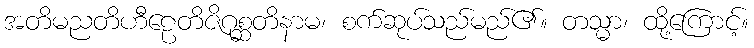
အတိမညတိဟီဠေတိဇိဂုစ္ဆတိနာမ၊ စက်ဆုပ်သည်မည်၏။ တသ္မာ၊ ထို့ကြောင့်။